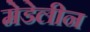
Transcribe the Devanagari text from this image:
मेडेलीन